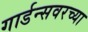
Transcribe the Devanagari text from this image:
गार्डन्सवरच्या